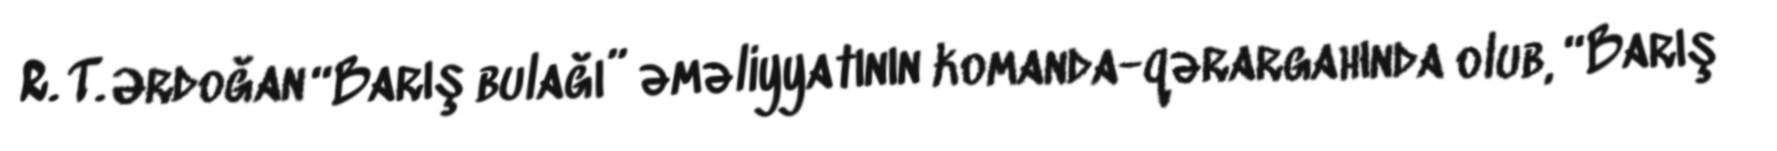
R. T. Ərdoğan “Barış bulağı” əməliyyatının komanda-qərargahında olub, “Barış